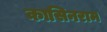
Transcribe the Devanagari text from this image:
कासिनराम